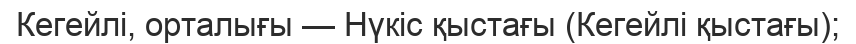
Кегейлі, орталығы — Нүкіс қыстағы (Кегейлі қыстағы);